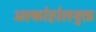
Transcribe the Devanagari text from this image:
अल्कोहोलयुक्त